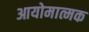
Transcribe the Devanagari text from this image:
आयोमात्मक